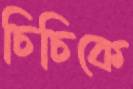
চিচিকে